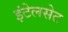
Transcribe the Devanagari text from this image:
इंटेलसेट